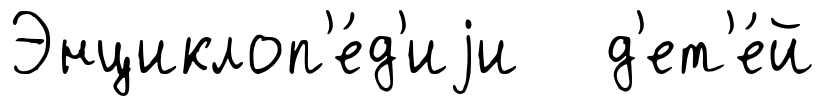
Энциклоп'е́д'иjи д'ет'е́й